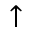
\uparrow